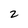
Character: 2